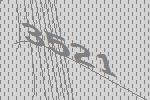
3521